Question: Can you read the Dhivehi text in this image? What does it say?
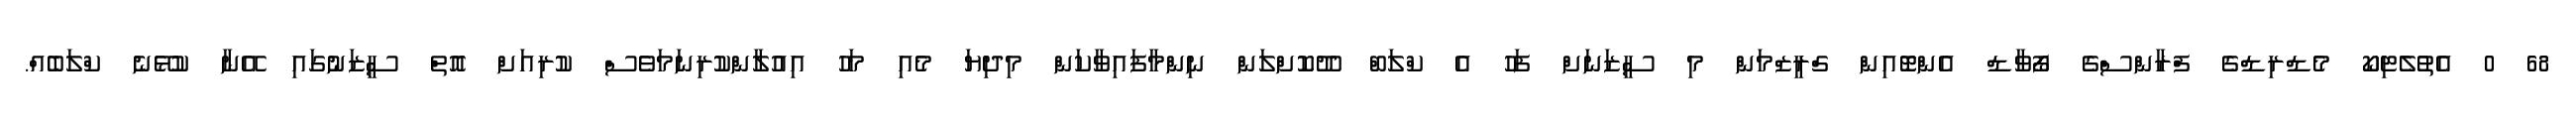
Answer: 68 0 އެތުލެޓިކޯ މެޑްރިޑްގެ ފްރާންސްގެ ފޯވާޑް އެންޓޮއިން ގްރީޒްމަން މި ސީޒަނަށް ފަހު އެ ކްލަބް ދޫކޮށްލަން ނިންމާފައިވާކަން މިދިޔަ މެއި މަހު އިއުލާންކުރިނަމަވެސް ކުރިއަށް އޮތް ސީޒަނުގައި އޭނާ ކުޅޭނެ ކްލަބެއް.